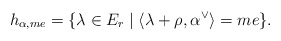
\begin{align*}h_{\alpha,me}= \{\lambda \in E_r\mid \langle \lambda+\rho , \alpha^\vee\rangle =me\}.\end{align*}